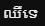
ឈឺទេ